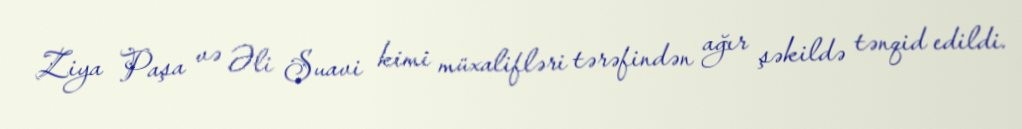
Ziya Paşa və Əli Suavi kimi müxalifləri tərəfindən ağır şəkildə tənqid edildi.